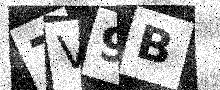
Text: 7V9B